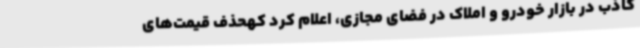
کاذب در بازار خودرو و املاک در فضای مجازی، اعلام کرد کهحذف قیمت‌های